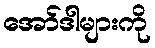
အော်ဒါများကို